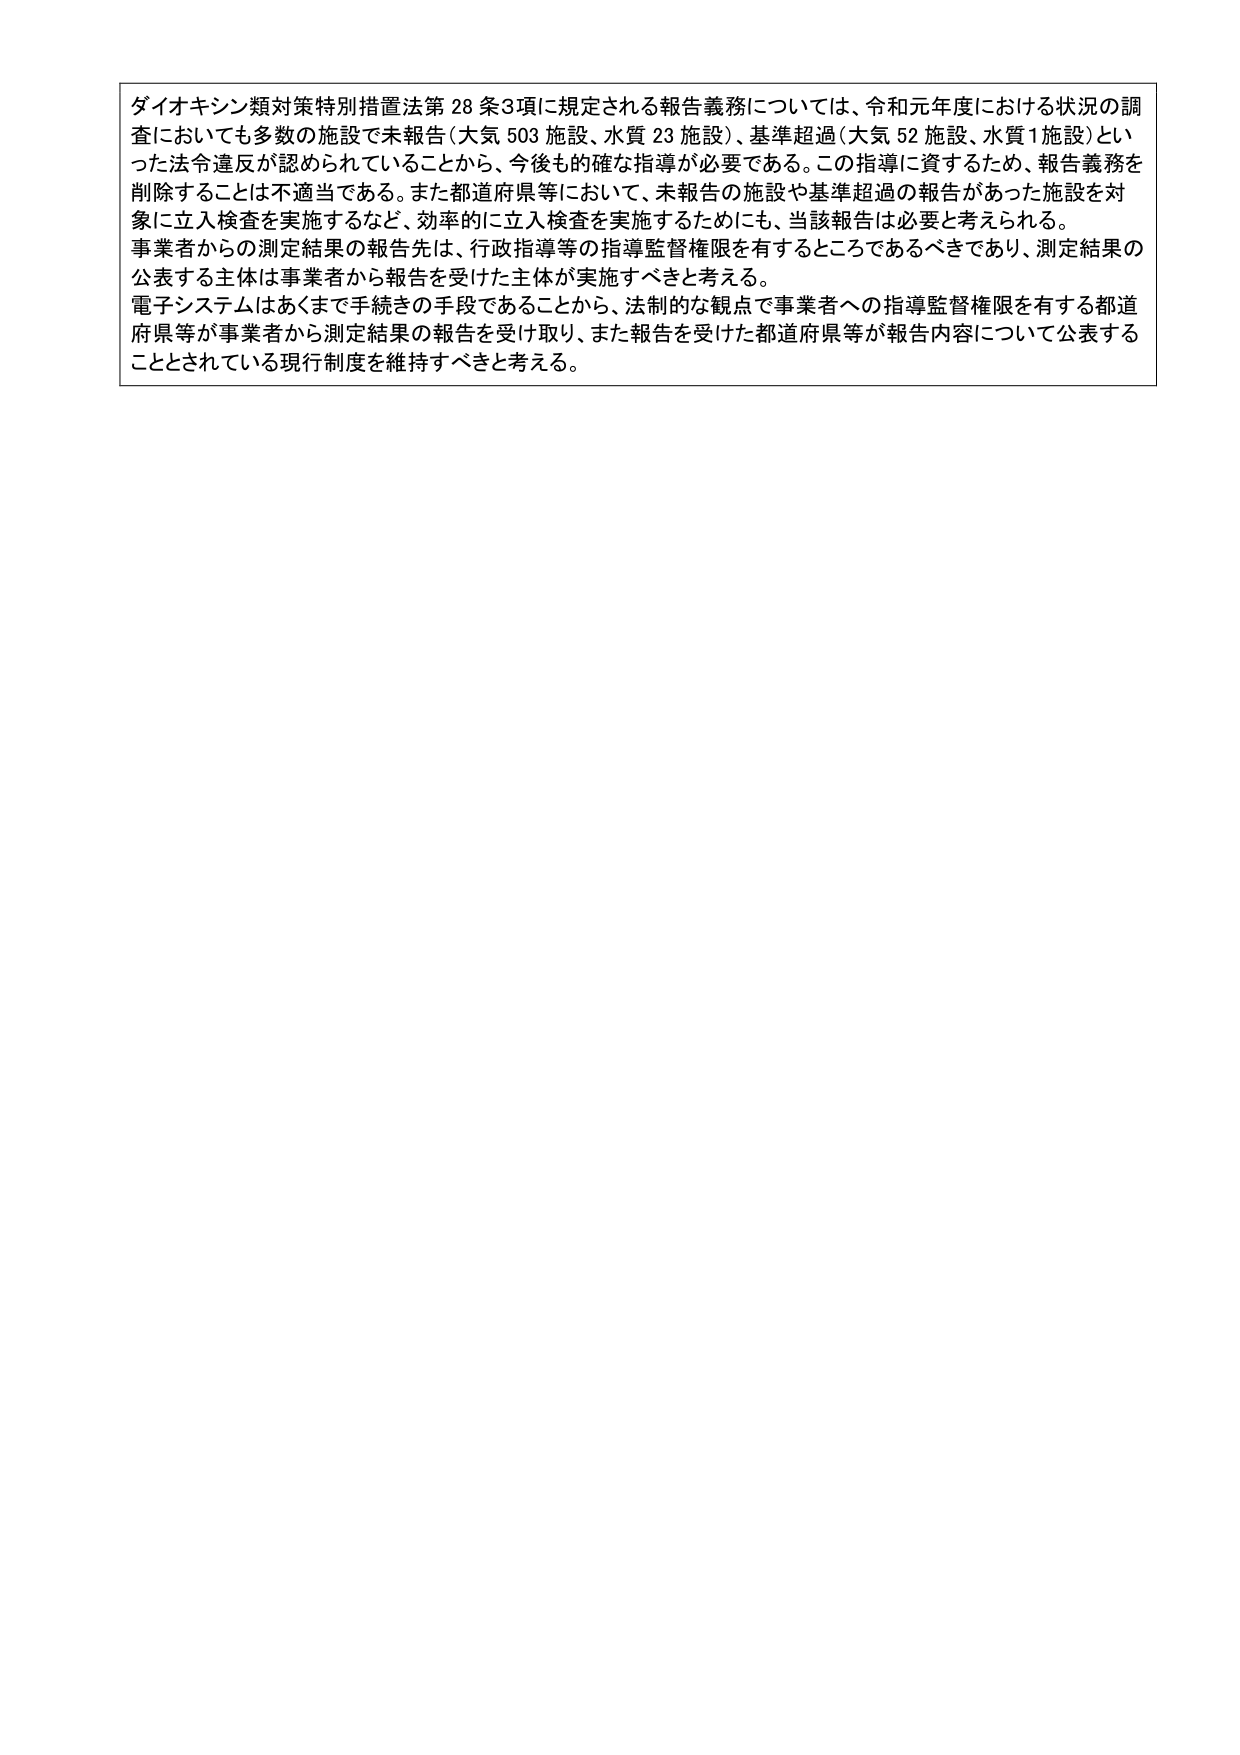
ダイオキシン類対策特別措置法第28条3項に規定される報告義務については、令和元年度における状況の調査においても多数の施設で未報告（大気503施設、水質23施設）、基準超過（大気52施設、水質1施設）といった法令違反が認められていることから、今後も的確な指導が必要である。この指導に資するため、報告義務を削除することは不適当である。また都道府県等において、未報告の施設や基準超過の報告があった施設を対象に立入検査を実施するなど、効率的に立入検査を実施するためにも、当該報告は必要と考えられる。

事業者からの測定結果の報告先は、行政指導等の指導監督権限を有するところであるべきであり、測定結果の公表する主体は事業者から報告を受けた主体が実施すべきと考える。

電子システムはあくまで手続きの手段であることから、法制的な観点で事業者への指導監督権限を有する都道府県等が事業者から測定結果の報告を受け取り、また報告を受けた都道府県等が報告内容について公表することとされている現行制度を維持すべきと考える。